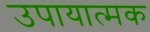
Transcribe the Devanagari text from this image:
उपायात्मक